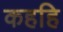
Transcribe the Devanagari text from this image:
कहहि